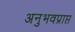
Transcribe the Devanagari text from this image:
अनुभवप्राप्त